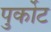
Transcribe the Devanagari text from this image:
पुर्कोट